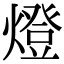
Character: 燈